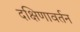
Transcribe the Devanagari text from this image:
दक्षिणावर्तन